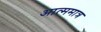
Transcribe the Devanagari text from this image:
आत्ममात्र